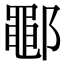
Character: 鄳